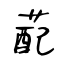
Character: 蓜